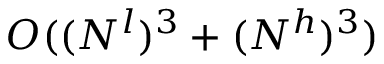
O ( ( N ^ { l } ) ^ { 3 } + ( N ^ { h } ) ^ { 3 } )